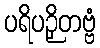
ပရိပဉှိတဗ္ဗံ